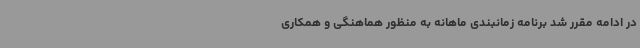
در ادامه مقرر شد برنامه زمانبندی ماهانه به منظور هماهنگی و همکاری